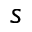
s